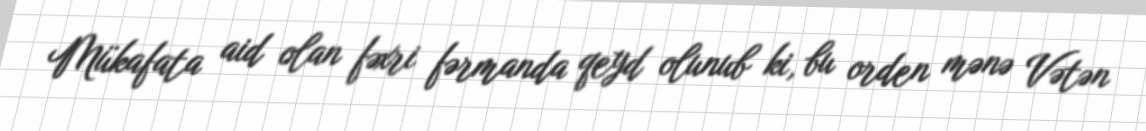
Mükafata aid olan fəxri fərmanda qeyd olunub ki, bu orden mənə Vətən